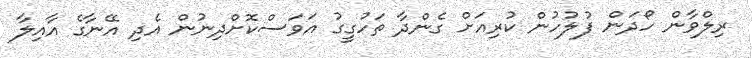
ރިލްވާން ހޯދަން ފުލުހުން ކުރިއަށް ގެންދާ ތަހުގީގު އަވަސްކޮށްދިނުން އެދި އޭނާގެ އާއިލާ